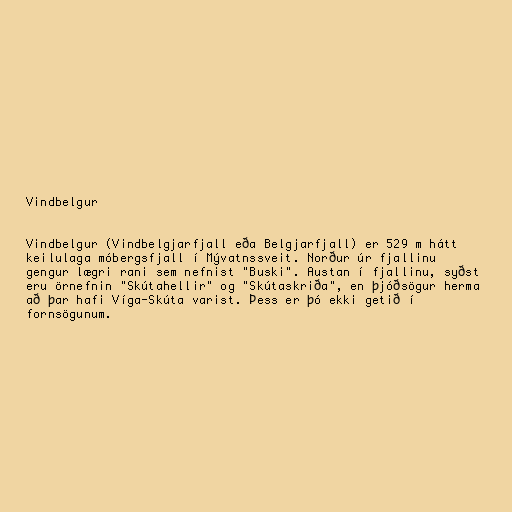
Vindbelgur

Vindbelgur (Vindbelgjarfjall eða Belgjarfjall) er 529 m hátt
keilulaga móbergsfjall í Mývatnssveit. Norður úr fjallinu
gengur lægri rani sem nefnist "Buski". Austan í fjallinu, syðst
eru örnefnin "Skútahellir" og "Skútaskriða", en þjóðsögur herma
að þar hafi Víga-Skúta varist. Þess er þó ekki getið í
fornsögunum.